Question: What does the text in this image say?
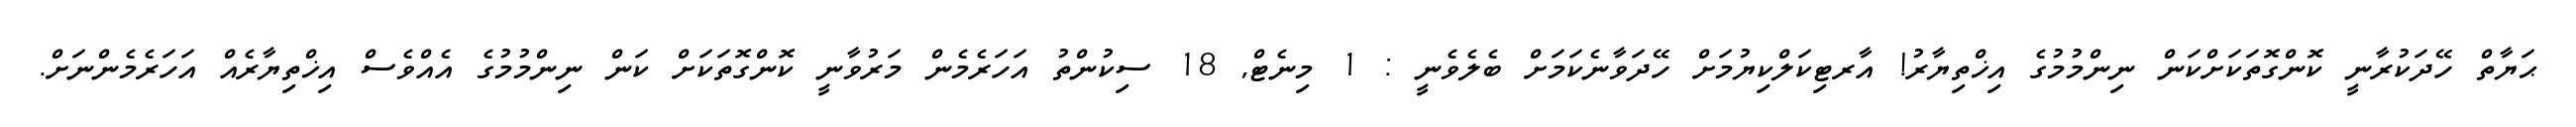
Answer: ޙަޔާތް ހޭދަކުރާނީ ކޮންގޮތަކަށްކަން ނިންމުމުގެ އިޚްތިޔާރު! އާރޓިކަލްކިޔުމަށް ހޭދަވާނެކަމަށް ބެލެވެނީ : 1 މިނެޓް, 18 ސިކުންތު އަހަރެމެން މަރުވާނީ ކޮންގޮތަކަށް ކަން ނިންމުމުގެ އެއްވެސް އިޚްތިޔާރެއް އަހަރެމެންނަށް.